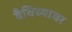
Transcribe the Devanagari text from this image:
वैविध्यावर